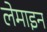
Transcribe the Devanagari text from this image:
लेमाइन